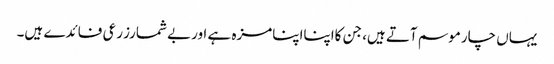
یہاں چارموسم آتے ہیں، جن کااپنااپنامزہ ہے اوربے شمارزرعی فائدے ہیں۔